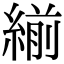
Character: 𦂒